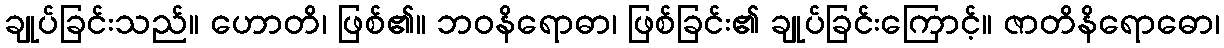
ချုပ်ခြင်းသည်။ ဟောတိ၊ ဖြစ်၏။ ဘဝနိရောဓာ၊ ဖြစ်ခြင်း၏ ချုပ်ခြင်းကြောင့်။ ဇာတိနိရောဓော၊